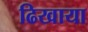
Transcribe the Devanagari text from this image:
ढिखाया